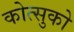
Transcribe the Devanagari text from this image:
कोत्सुको